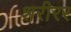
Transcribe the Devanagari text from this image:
शरीरर